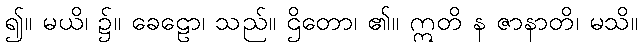
၍။ မယိ၊ ၌။ ခေဠော၊ သည်။ ဌိတော၊ ၏။ ဣတိ န ဇာနာတိ၊ မသိ။